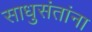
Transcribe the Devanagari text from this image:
साधुसंतांना